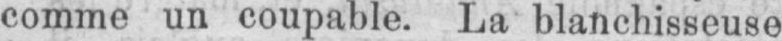
comme un coupable. La blanchisseuse